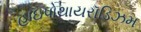
હાઇપોથાયરૉડિઝમ